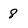
Character: 8